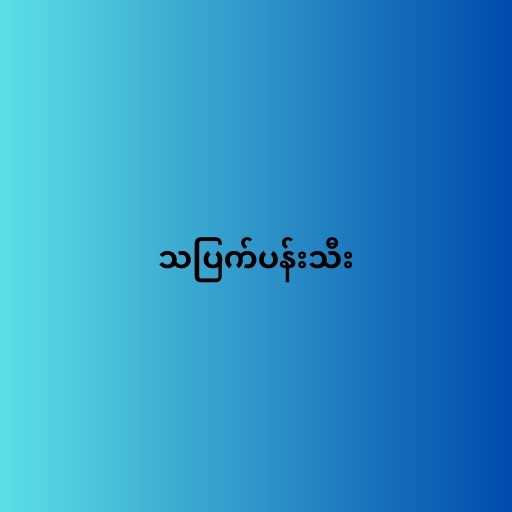
သပြက်ပန်းသီး